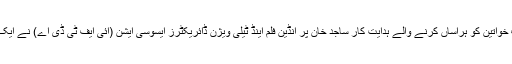
خاتون صحافی سمیت مختلف خواتین کو ہراساں کرنے والے ہدایت کار ساجد خان پر انڈین فلم اینڈ ٹیلی ویژن ڈائریکٹرز ایسوسی ایشن (آئی ایف ٹی ڈی اے) نے ایک سال کی پابندی عائد کردی۔